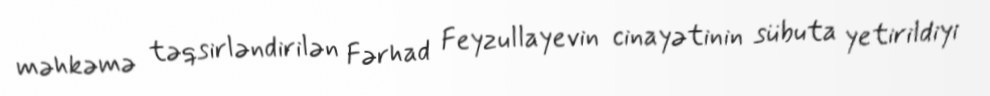
məhkəmə təqsirləndirilən Fərhad Feyzullayevin cinayətinin sübuta yetirildiyi